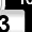
Digit: 3